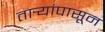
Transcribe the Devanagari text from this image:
तार्‍यांपासून